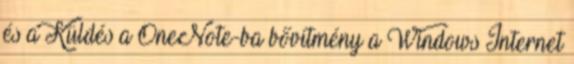
és a Küldés a OneNote-ba bővítmény a Windows Internet